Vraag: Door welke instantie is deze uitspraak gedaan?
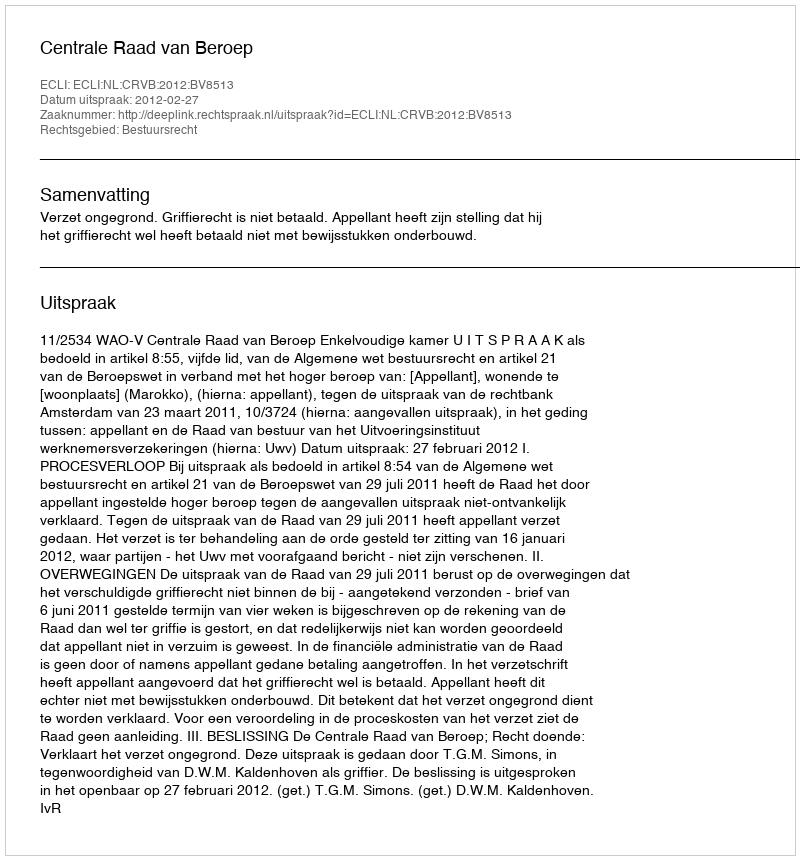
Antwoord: Centrale Raad van Beroep